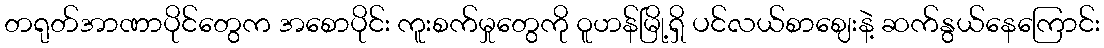
တရုတ်အာဏာပိုင်တွေက အစောပိုင်း ကူးစက်မှုတွေကို ဝူဟန်မြို့ရှိ ပင်လယ်စာဈေးနဲ့ ဆက်နွယ်နေကြောင်း